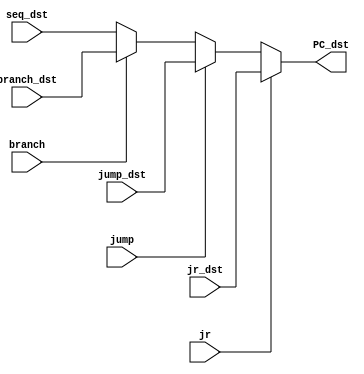
`timescale 1ns / 1ps
//////////////////////////////////////////////////////////////////////////////////
// Company:
// Engineer:
//
// Design Name:
// Module Name: dst_mux
// Project Name:
// Target Devices:
// Tool Versions:
// Description:
//
// Dependencies:
//
// Revision:
// Revision 0.01 - File Created
// Additional Comments:
//
//////////////////////////////////////////////////////////////////////////////////


module dst_mux(
  seq_dst, branch_dst, jump_dst, jr_dst,
  branch, jump, jr,
  PC_dst
    );

    input [31:0] seq_dst, branch_dst, jump_dst, jr_dst;
    input branch, jump, jr;
    output [31:0] PC_dst;

    wire [31:0] a, b;
    assign a = (branch) ? branch_dst : seq_dst;
    assign b = (jump) ? jump_dst : a;
    assign PC_dst = (jr) ? jr_dst : b;
endmodule